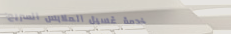
خدمة غسيل الملابس السريع: